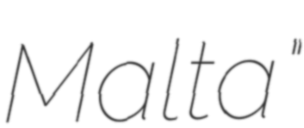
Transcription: Malta"